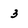
Character: 3